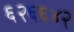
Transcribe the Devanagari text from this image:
६२६६४२